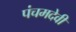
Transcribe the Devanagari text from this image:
पंचमदेवी